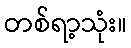
တစ်ရာ့သုံး။